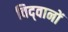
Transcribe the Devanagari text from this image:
विद्‍वानों